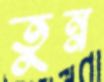
তুন্ন